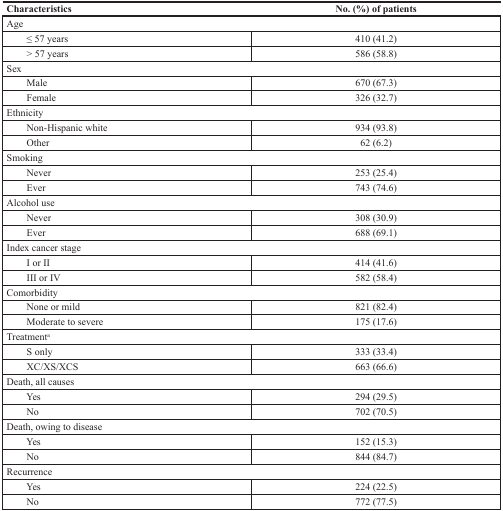
<table><thead><tr><td><b>Characteristics</b></td><td><b>No. (%) of patients</b></td></tr></thead><tbody><tr><td colspan="2">Age</td></tr><tr><td> ≤ 57 years</td><td>410 (41.2)</td></tr><tr><td> &gt; 57 years</td><td>586 (58.8)</td></tr><tr><td colspan="2">Sex</td></tr><tr><td> Male</td><td>670 (67.3)</td></tr><tr><td> Female</td><td>326 (32.7)</td></tr><tr><td colspan="2">Ethnicity</td></tr><tr><td> Non-Hispanic white</td><td>934 (93.8)</td></tr><tr><td> Other</td><td>62 (6.2)</td></tr><tr><td colspan="2">Smoking</td></tr><tr><td> Never</td><td>253 (25.4)</td></tr><tr><td> Ever</td><td>743 (74.6)</td></tr><tr><td colspan="2">Alcohol use</td></tr><tr><td> Never</td><td>308 (30.9)</td></tr><tr><td> Ever</td><td>688 (69.1)</td></tr><tr><td colspan="2">Index cancer stage</td></tr><tr><td> I or II</td><td>414 (41.6)</td></tr><tr><td> III or IV</td><td>582 (58.4)</td></tr><tr><td colspan="2">Comorbidity</td></tr><tr><td> None or mild</td><td>821 (82.4)</td></tr><tr><td> Moderate to severe</td><td>175 (17.6)</td></tr><tr><td colspan="2">Treatment<sup>a</sup></td></tr><tr><td> S only</td><td>333 (33.4)</td></tr><tr><td> XC/XS/XCS</td><td>663 (66.6)</td></tr><tr><td colspan="2">Death, all causes</td></tr><tr><td> Yes</td><td>294 (29.5)</td></tr><tr><td> No</td><td>702 (70.5)</td></tr><tr><td colspan="2">Death, owing to disease</td></tr><tr><td> Yes</td><td>152 (15.3)</td></tr><tr><td> No</td><td>844 (84.7)</td></tr><tr><td colspan="2">Recurrence</td></tr><tr><td> Yes</td><td>224 (22.5)</td></tr><tr><td> No</td><td>772 (77.5)</td></tr></tbody></table>